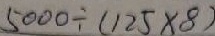
5 0 0 0 \div ( 1 2 5 \times 8 )